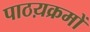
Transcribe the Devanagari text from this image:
पाठय़क्रमों